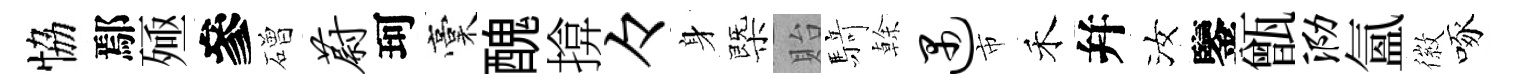
恊鄢殛參磳蔚珂稾醜揜々身㮣貽𮪍𠏉遇市禾幷汝鑒甑泐氳徽啄